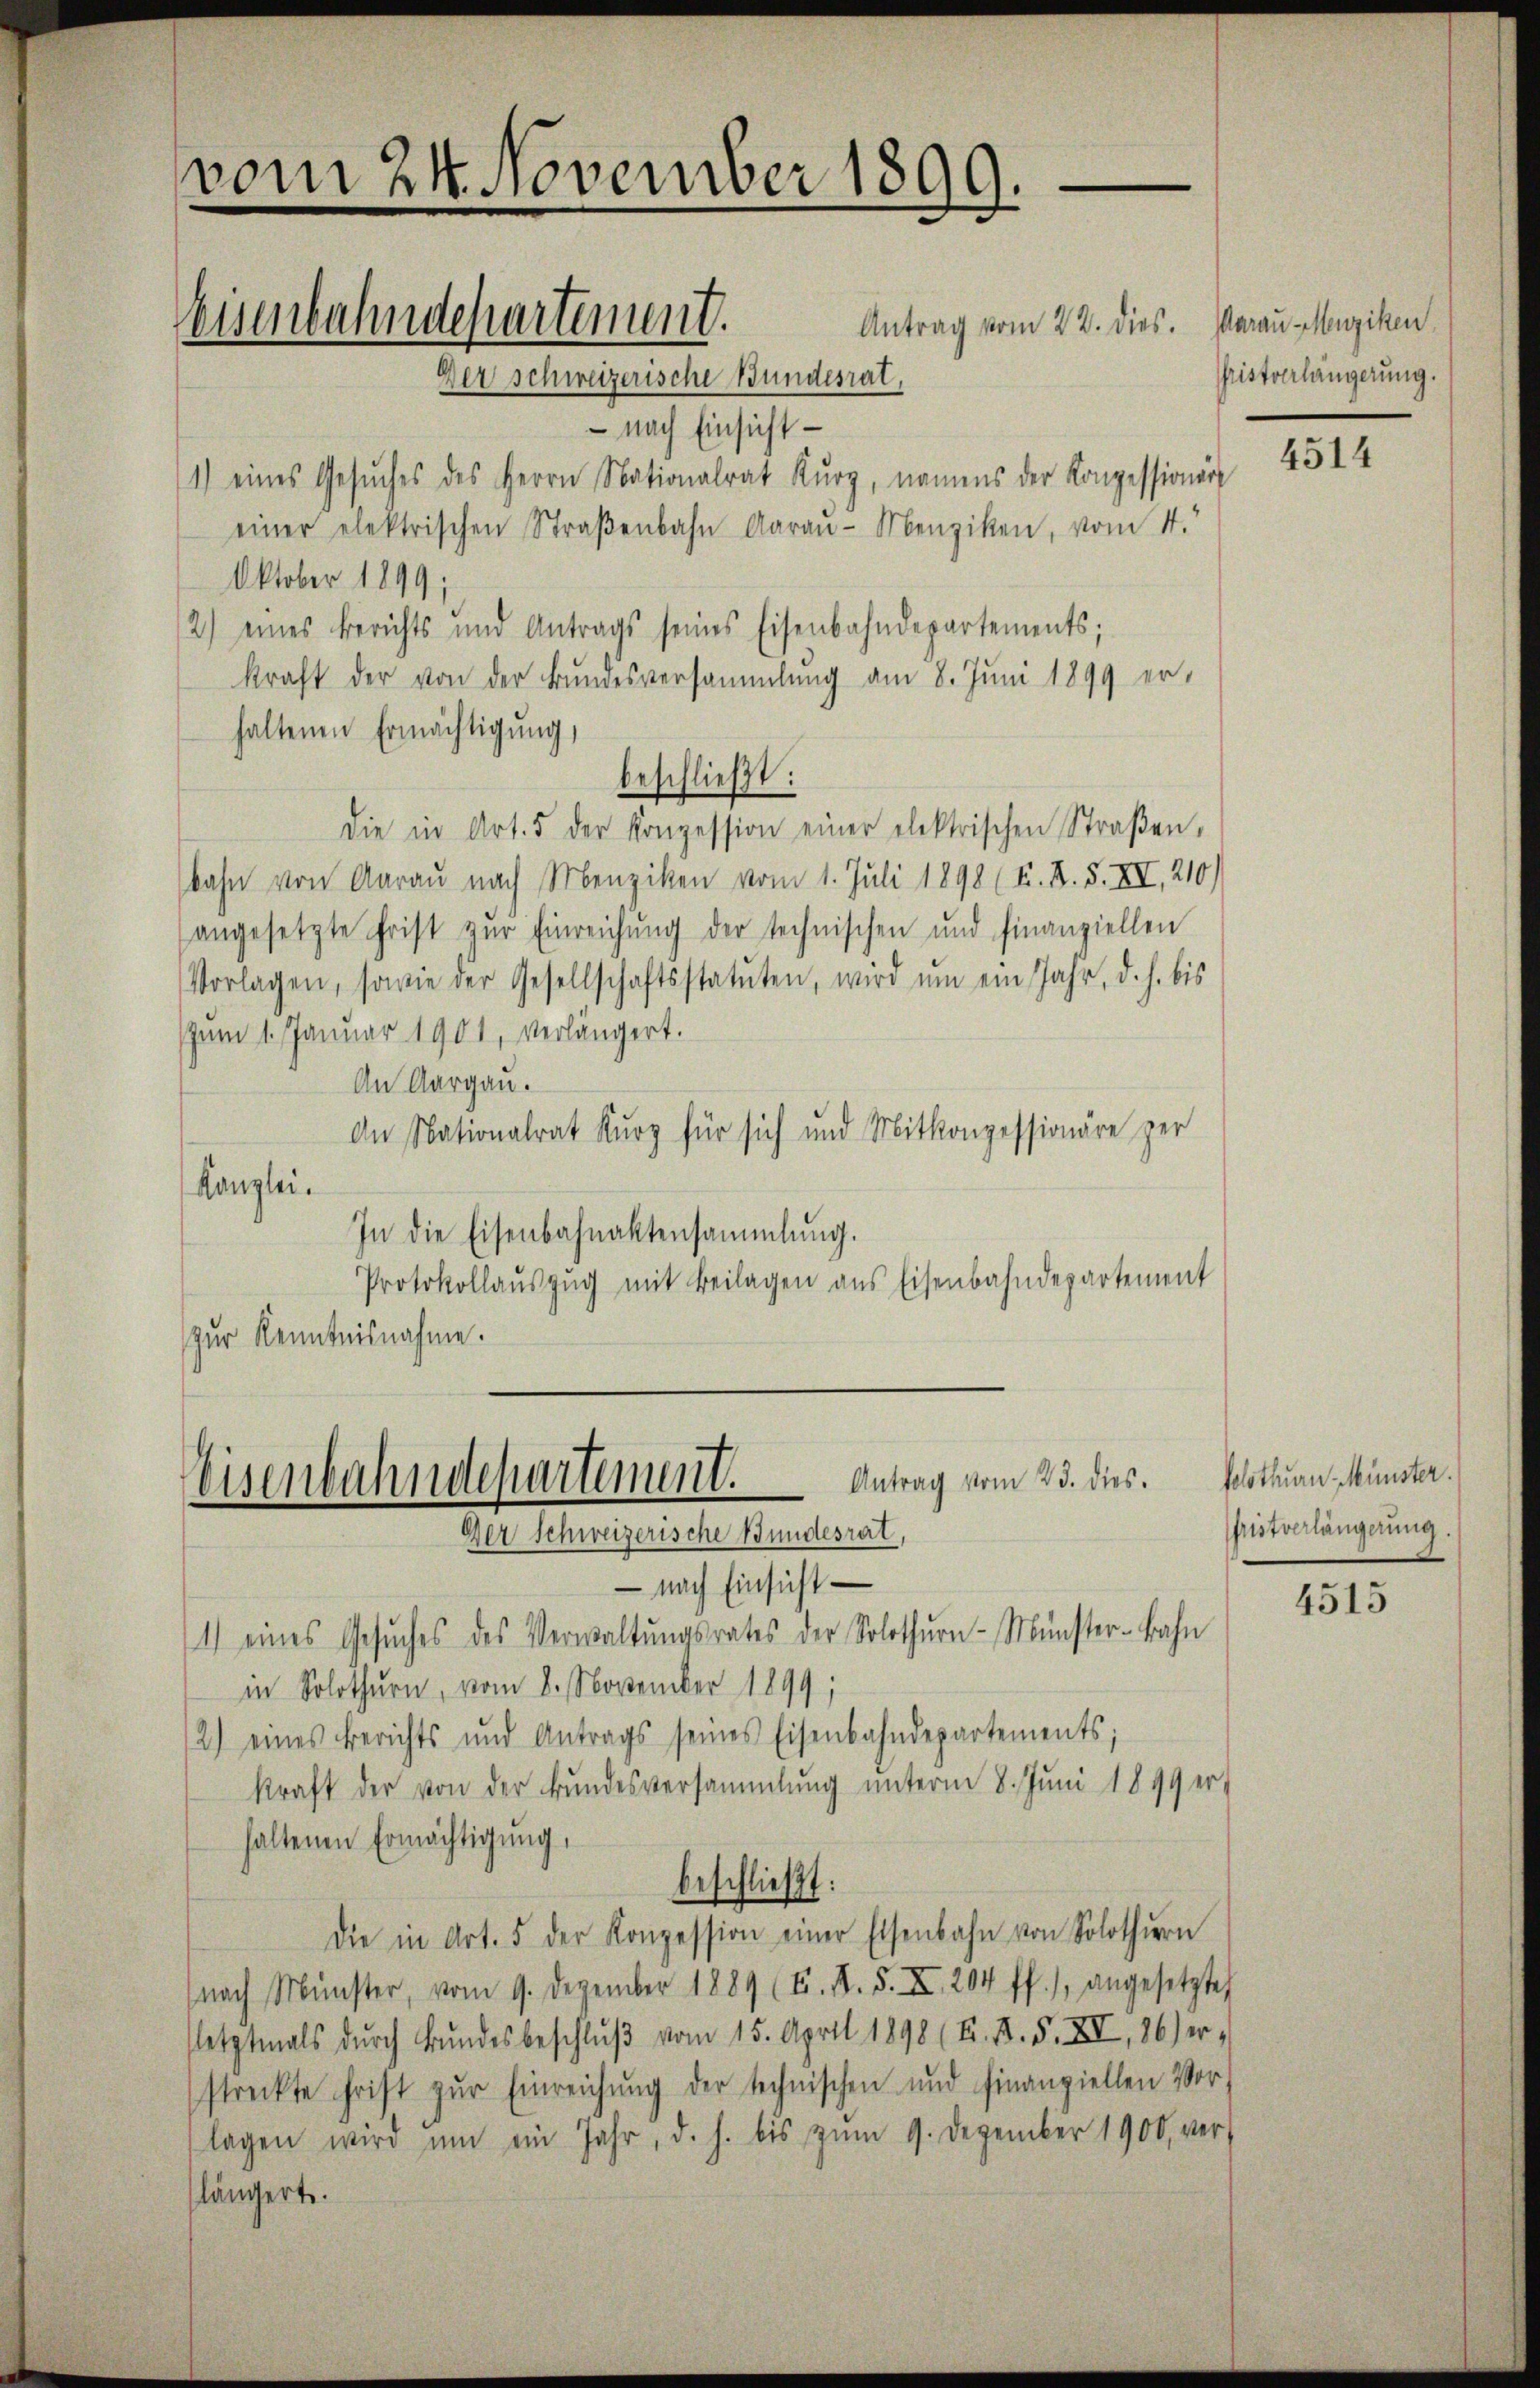
vom 24. November 1899.

Antrag vom 22. dies. Aarau Menziken
 nach Einsicht
1) eines Gesŭches des Herrn Nationalrat Kŭrg, namens der Konzessionär
einer elektrischen Straβenbahn Aaraŭ-Menziken, vom 1.
Oktober 1899;
2) eines Berichts und Antrags seines Eisenbahndepartements;
kraft der von der Bundesversammlung am 8. Juni 1899 erhaltenen Ermächtigung,
beschließt:
die in Art. 5 der Konzession einer elektrischen Straßen,
bahn von Aarau nach Menziken vom 1. Juli 1898 (K. K. S. XII, 210)
(angesetzte Frist zŭr Einreichung der technischen und finanziellen
Vorlagen, sowie der Gesellschaftsstatuten, wird ŭm ein Jahr, d. h. bis
um 1. Januar 1901, verlängert.
An Aargau.
An Nationalrat Kurz für sich und Mitkonzessionäre zer
Kanzlei.
In die Eisenbahnaktensammlung.
Protokollaŭszŭg mit Beilagen aus Eisenbahndepartement
zur Kenntnisnahme.

eisenbahndepartement.

Der schweizerische Bundesrat,

Eisenbahndepartement. Antrag vom 23. dies
Der Schweizerische Bundesrat,

— nach Einsicht —
1) eines Gesŭches des Verwaltŭngsrates der Solothŭrn-Münster-Bahn
in Solothurn, vom 8. November 1899;
2) eines Berichts und Antrags seines Eisenbahndepartements;
kraft der von der Bundesversammlung unterm 8. Juni 1899 er-
haltenen Ermächtigŭng,
beschließt:
Die in Art. 5 der Konzession einer Elsenbahn von Solothŭrn
nach Münster, vom 9. Dezember 1889 (T. K. F. XI. 204 ff.), angesetzte
(letztmals dŭrch Bŭndesbeschlŭβ vom 15. April 1898 (2. A. S. XV, 26) er-
streckte frist zŭr Einreichung der technischen und finanziellen Vor-
lagen wird ŭm ein Jahr, d. h. bis zŭm 9. Dezember 1900, ver-
längerte.

Christverlängerung.

4514

solothurn Münster.
ristverlängerung

4515